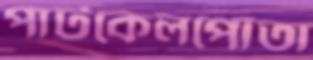
পাটকেলপোতা